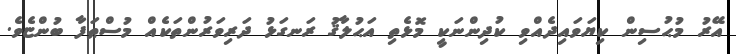
އޭރު މުޙުސިން ކިޔަވައިދެއްވި ކުދިންނަކީ މޮޅެތި އަޙުލާޤު ރަނގަޅު ދަރިވަރުންތަކެއް މުސްޠަފާ ބުންޏެވެ.